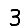
Digit: 3